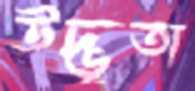
উদ্ভূতা